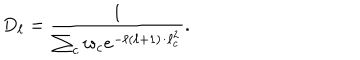
LaTeX: D _ { \ell } = { \frac { 1 } { \sum _ { c } w _ { c } e ^ { - \ell ( \ell + 1 ) / \ell _ { c } ^ { 2 } } } } .